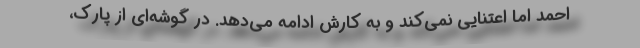
احمد اما اعتنایی نمی‌کند و به کارش ادامه می‌دهد. در گوشه‌ای از پارک،